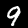
Label: 9